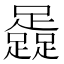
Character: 𨆬